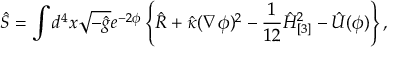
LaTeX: \hat { S } = \int d ^ { 4 } x \sqrt { - \hat { g } } e ^ { - 2 \phi } \left\{ \hat { R } + \hat { \kappa } ( \nabla \phi ) ^ { 2 } - \frac 1 { 1 2 } \hat { H } _ { [ 3 ] } ^ { 2 } - \hat { U } ( \phi ) \right\} ,